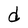
Character: d